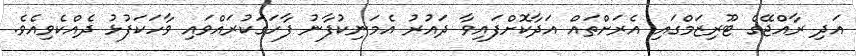
އަދި ރާއްޖޭގެ ޓޫރިޒަމްގައި އެރަށްތައް އަދާކޮށްފައިވާ ދައުރު އެމަނިކުފާނު ފާހަގަކުރައްވައި ވާހަކަފުޅު ދެއްކެވިއެވެ.